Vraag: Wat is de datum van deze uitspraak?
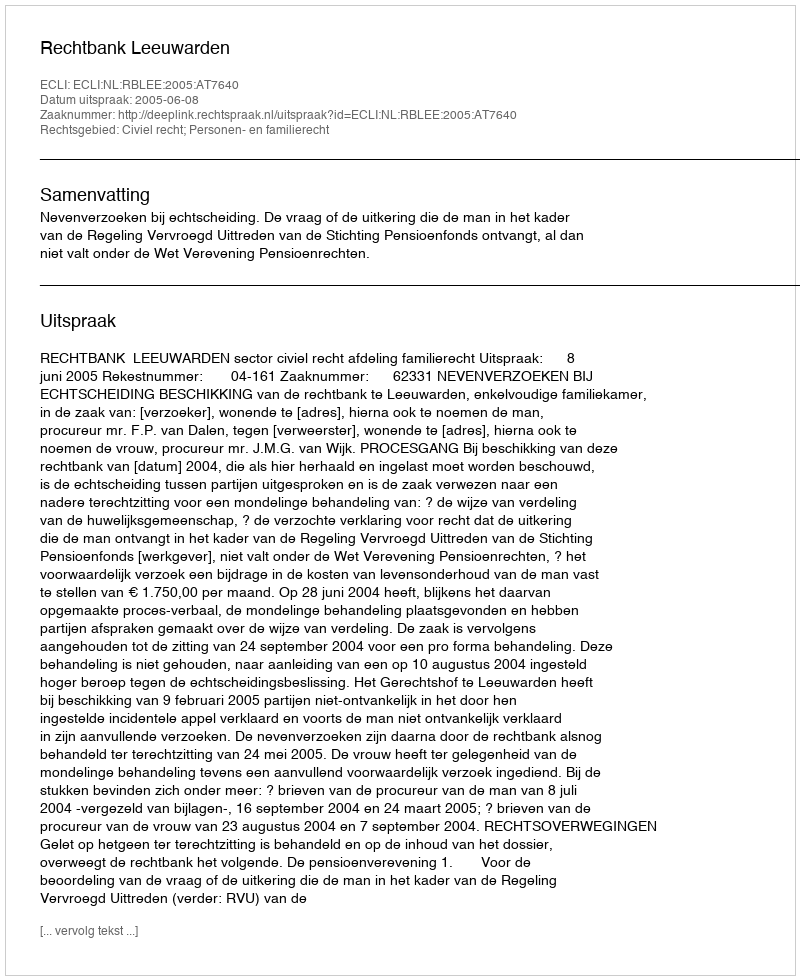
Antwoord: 2005-06-08